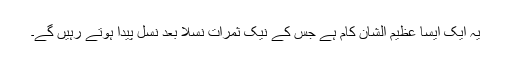
یہ ایک ایسا عظیم الشان کام ہے جس کے نیک ثمرات نسلا ًبعد نسلٍ پیدا ہوتے رہیں گے۔